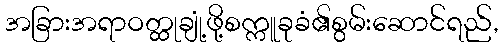
အခြားအရာဝတ္ထုချုံ့ဖို့စက္ကူခုခံ၏စွမ်းဆောင်ရည်,